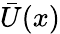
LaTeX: \bar{U}(x)